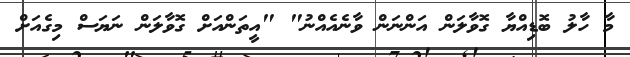
މާ ހާލު ބޮޑިއްޔާ ގޮވާލަން އަންނަން ވާނެއެއްނު" "އީތަންއަށް ގޮވާލަން ނަޔަސް މިގެއަށް